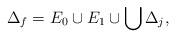
LaTeX: \begin{align*}\Delta_f = E_0 \cup E_1 \cup \bigcup\Delta_j,\end{align*}